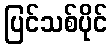
ပြင်သစ်ပိုင်